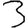
Digit: 3